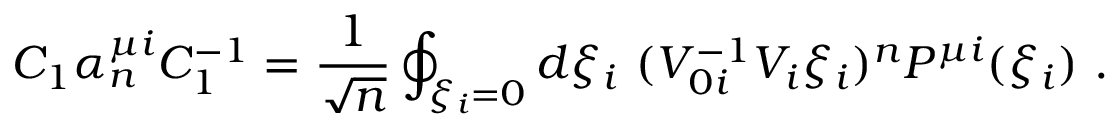
C _ { 1 } \alpha _ { n } ^ { \mu i } C _ { 1 } ^ { - 1 } = \frac { 1 } { \sqrt { n } } \oint _ { \xi _ { i } = 0 } d \xi _ { i } \ ( V _ { 0 i } ^ { - 1 } V _ { i } \xi _ { i } ) ^ { n } P ^ { \mu i } ( \xi _ { i } ) \ .